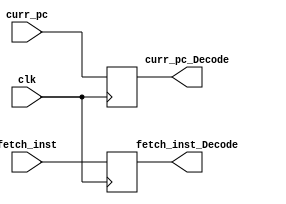
module Reg_FetchToDecode(
    curr_pc,
    clk,
    fetch_inst,
    curr_pc_Decode,
    fetch_inst_Decode
);
    // Declare inputs and outputs
    input wire [31:0] curr_pc;
    input wire clk;
    input wire [31:0] fetch_inst;
    output reg [31:0] curr_pc_Decode;
    output reg [31:0] fetch_inst_Decode;


    // Store for next stages
    always @(posedge clk) begin
        curr_pc_Decode <= curr_pc;
        fetch_inst_Decode <= fetch_inst;
    end

endmodule